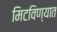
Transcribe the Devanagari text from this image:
मिटविण्यात